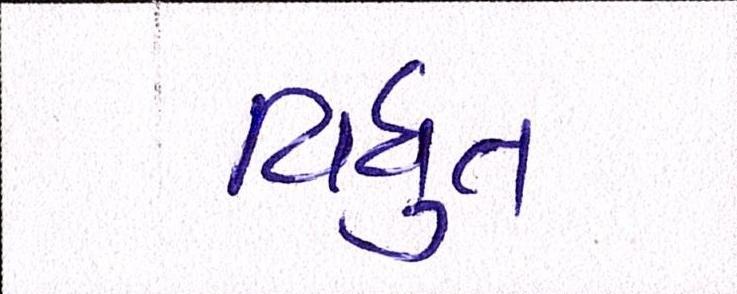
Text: વિધુત